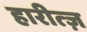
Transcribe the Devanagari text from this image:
हारीत्ज़